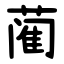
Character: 蔺